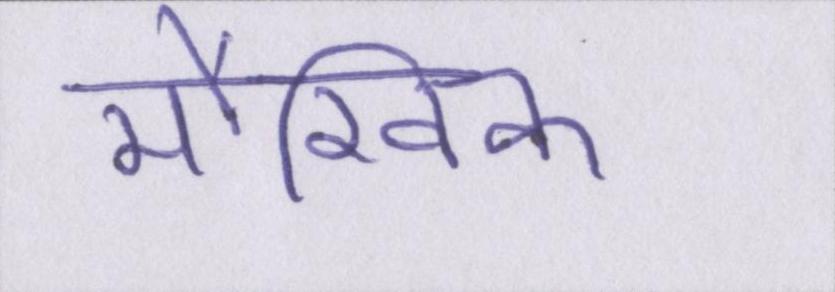
मौखिक